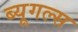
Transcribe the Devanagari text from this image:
ब्यूगल्स